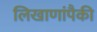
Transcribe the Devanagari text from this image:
लिखाणांपैकी